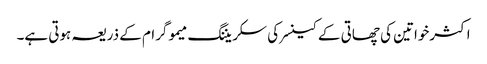
اکثرخواتین کی چھاتی کے کینسرکی سکریننگ میموگرام کے ذریعہ ہوتی ہے۔